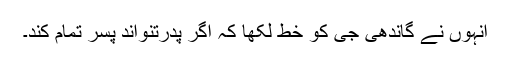
انہوں نے گاندھی جی کو خط لکھا کہ اگر پدرتنواند پسر تمام کند۔